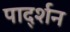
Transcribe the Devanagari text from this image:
पार्द्शन